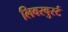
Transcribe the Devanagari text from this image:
लिवरवुर्स्ट